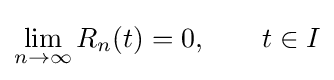
\lim _{n\to \infty }R_{n}(t)=0,\qquad t\in I